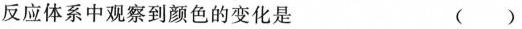
反应体系中观察到颜色的变化是 ( )